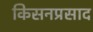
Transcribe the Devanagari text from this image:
किसनप्रसाद